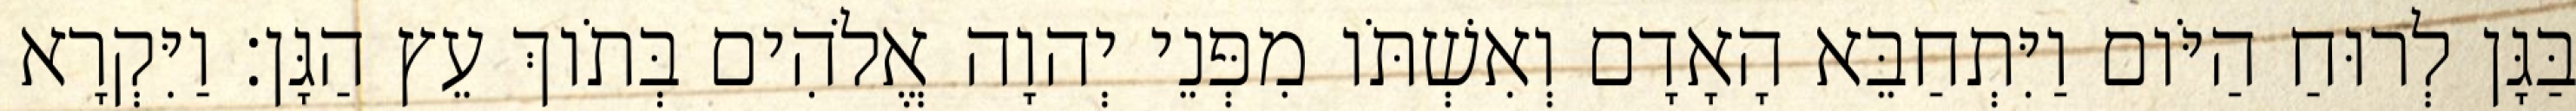
בַּגָּן לְרוּחַ הַיֹּום וַיִּתְחַבֵּא הָאָדָם וְאִשְׁתֹּו מִפְּנֵי יְהוָה אֱלֹהִים בְּתֹוךְ עֵץ הַגָּן׃ וַיִּקְרָא